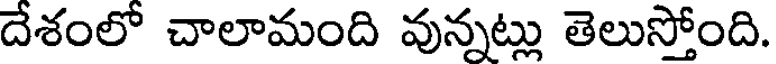
దేశంలో చాలామంది వున్నట్లు తెలుస్తోంది.